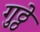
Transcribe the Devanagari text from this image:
गुठ्ठे